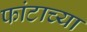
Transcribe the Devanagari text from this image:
फांटाच्या